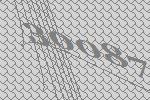
30087